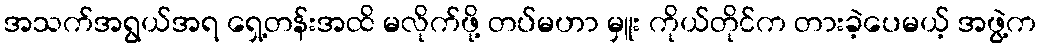
အသက်အရွယ်အရ ရှေ့တန်းအထိ မလိုက်ဖို့ တပ်မဟာ မှူး ကိုယ်တိုင်က တားခဲ့ပေမယ့် အဖွဲ့က